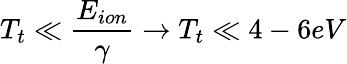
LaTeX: T_{t}\ll\frac{E_{ion}}{\gamma}\rightarrow T_{t}\ll 4-6eV